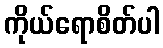
ကိုယ်ရောစိတ်ပါ